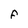
Character: F